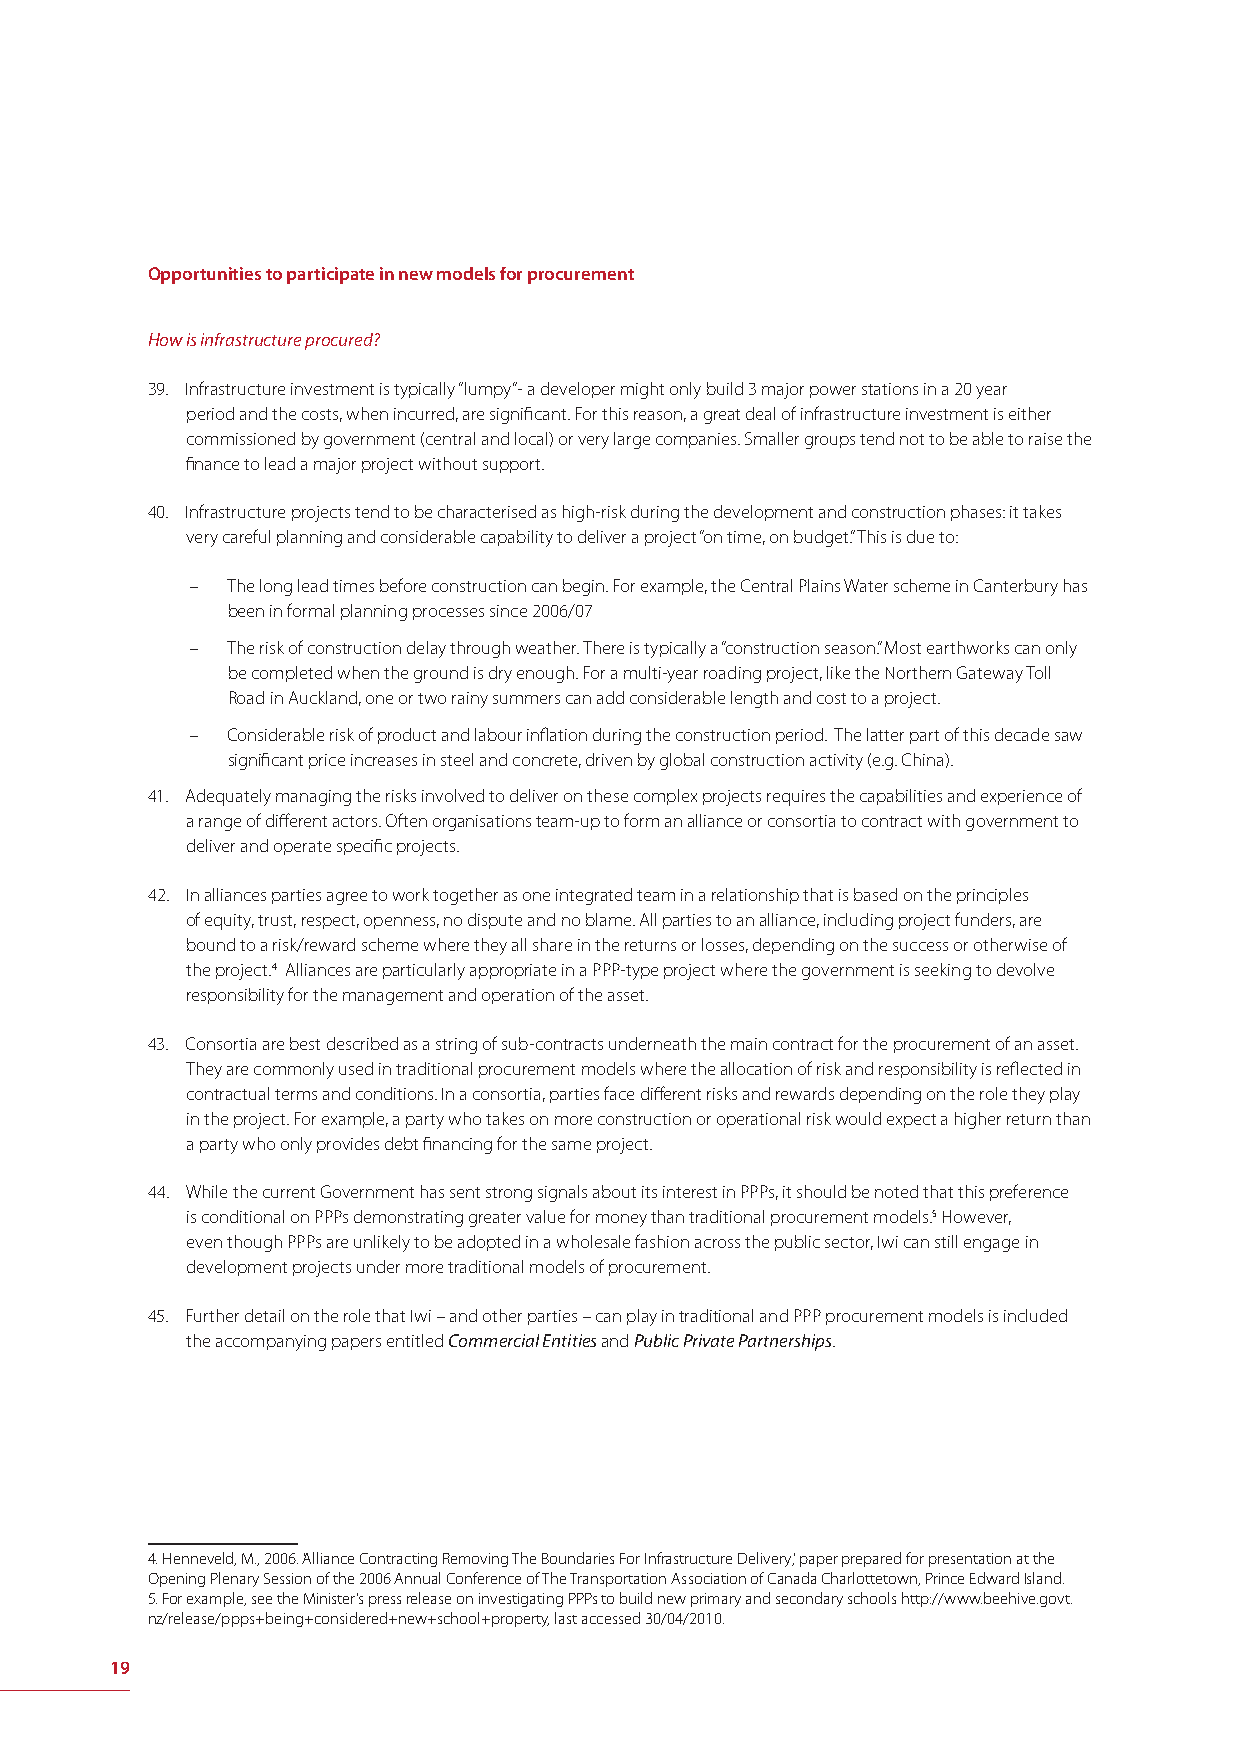
Opportunities to participate in new models for procurement
 How is infrastructure procured?
 39. Infrastructure investment is typically “lumpy”- a developer might only build 3 major power stations in a 20 year
 period and the costs, when incurred, are signifi cant. For this reason, a great deal of infrastructure investment is either
 commissioned by government (central and local) or very large companies. Smaller groups tend not to be able to raise the
 fi nance to lead a major project without support.
 40. Infrastructure projects tend to be characterised as high-risk during the development and construction phases: it takes
 very careful planning and considerable capability to deliver a project “on time, on budget.” This is due to:
 – The long lead times before construction can begin. For example, the Central Plains Water scheme in Canterbury has
 been in formal planning processes since 2006/07
 – The risk of construction delay through weather. There is typically a “construction season.” Most earthworks can only
 be completed when the ground is dry enough. For a multi-year roading project, like the Northern Gateway Toll
 Road in Auckland, one or two rainy summers can add considerable length and cost to a project.
 – Considerable risk of product and labour infl ation during the construction period. The latter part of this decade saw
 signifi cant price increases in steel and concrete, driven by global construction activity (e.g. China).
 41. Adequately managing the risks involved to deliver on these complex projects requires the capabilities and experience of
 a range of diff erent actors. Often organisations team-up to form an alliance or consortia to contract with government to
 deliver and operate specifi c projects.
 42. In alliances parties agree to work together as one integrated team in a relationship that is based on the principles
 of equity, trust, respect, openness, no dispute and no blame. All parties to an alliance, including project funders, are
 bound to a risk/reward scheme where they all share in the returns or losses, depending on the success or otherwise of
 the project.4 Alliances are particularly appropriate in a PPP-type project where the government is seeking to devolve
 responsibility for the management and operation of the asset.
 43. Consortia are best described as a string of sub-contracts underneath the main contract for the procurement of an asset.
 They are commonly used in traditional procurement models where the allocation of risk and responsibility is refl ected in
 contractual terms and conditions. In a consortia, parties face diff erent risks and rewards depending on the role they play
 in the project. For example, a party who takes on more construction or operational risk would expect a higher return than
 a party who only provides debt fi nancing for the same project.
 44. While the current Government has sent strong signals about its interest in PPPs, it should be noted that this preference
 is conditional on PPPs demonstrating greater value for money than traditional procurement models.5 However,
 even though PPPs are unlikely to be adopted in a wholesale fashion across the public sector, Iwi can still engage in
 development projects under more traditional models of procurement.
 45. Further detail on the role that Iwi – and other parties – can play in traditional and PPP procurement models is included
 the accompanying papers entitled Commercial Entities and Public Private Partnerships.
 4. Henneveld, M., 2006. ‘Alliance Contracting Removing The Boundaries For Infrastructure Delivery’, paper prepared for presentation at the
 Opening Plenary Session of the 2006 Annual Conference of The Transportation Association of Canada Charlottetown, Prince Edward Island.
 5. For example, see the Minister’s press release on investigating PPPs to build new primary and secondary schools http://www.beehive.govt.
 nz/release/ppps+being+considered+new+school+property, last accessed 30/04/2010.
 19